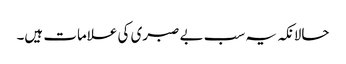
حالانکہ یہ سب بے صبری کی علامات ہیں۔